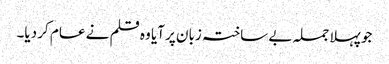
جو پہلا جملہ بے ساختہ زبان پر آیا وہ قلم نے عام کر دیا۔